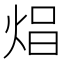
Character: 𤈵